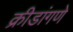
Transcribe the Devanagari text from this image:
क्रीडांगणे